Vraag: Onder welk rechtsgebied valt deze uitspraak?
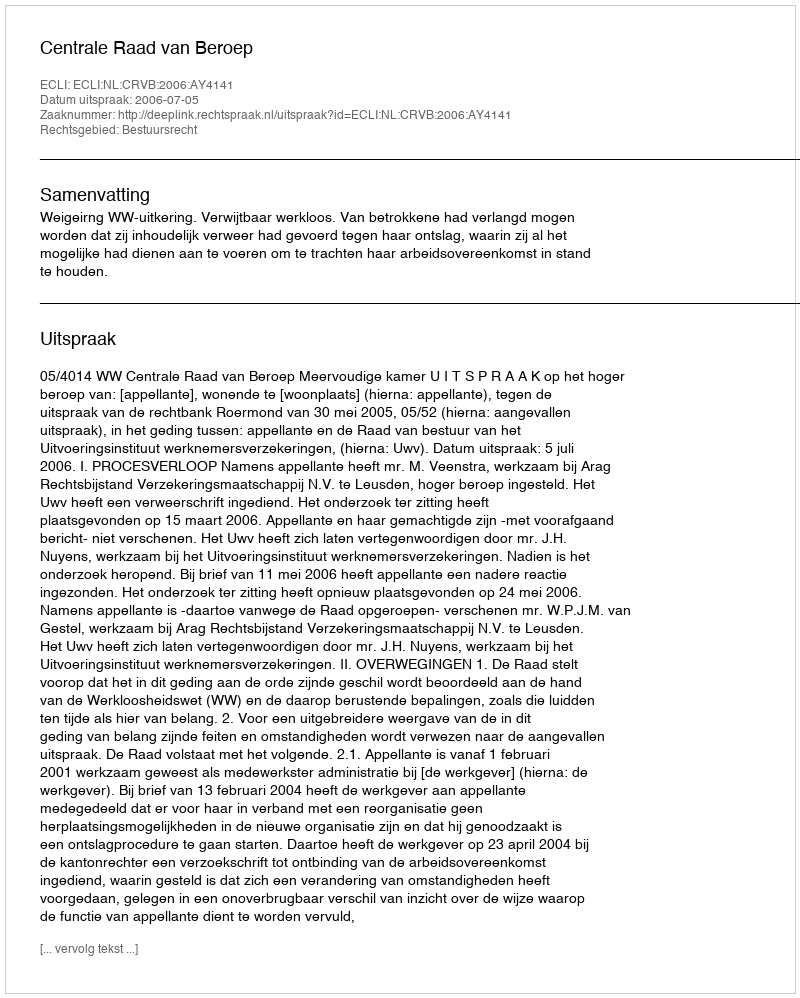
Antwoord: Bestuursrecht